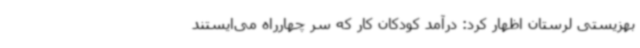
بهزیستی لرستان اظهار کرد: درآمد کودکان کار که سر چهارراه می‌ایستند